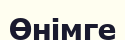
Өнімге